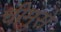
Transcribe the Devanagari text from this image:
चीमुसे